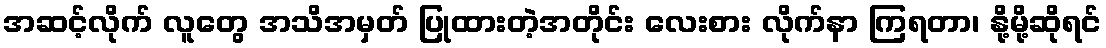
အဆင့်လိုက် လူတွေ အသိအမှတ် ပြုထားတဲ့အတိုင်း လေးစား လိုက်နာ ကြရတာ၊ နို့မို့ဆိုရင်